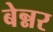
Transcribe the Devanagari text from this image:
बेन्नर